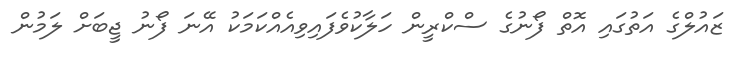
ޒައުލްގެ އަތުގައި އޮތް ފޯނުގެ ސްކްރީން ހަލާކުވެފައިވިއެއްކަމަކު އޭނަ ފޯނު ޖީބަށް ލަމުން